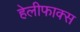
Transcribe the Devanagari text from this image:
हेलीफाक्स